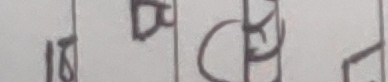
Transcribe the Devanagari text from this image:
१ घ च झ ञ